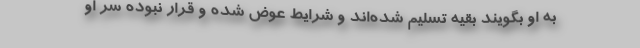
به او بگویند بقیه تسلیم شده‌اند و شرایط عوض شده و قرار نبوده سر او